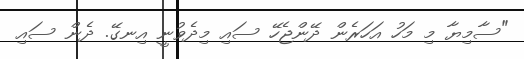
"ސާމިޔާ މި މަހު އަހަރެން ދޭންޖެހޭ ސައި މިދެވުނީ އިނގޭ. ދެން ސައި